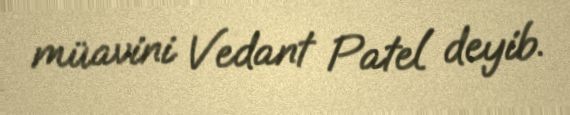
müavini Vedant Patel deyib.